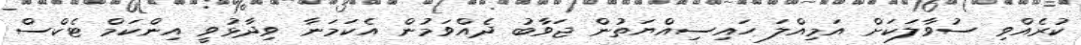
ކުރެއްވި ސުވާލަކަށް އަމިއްލަ ހައިސިއްޔަތުން ޖަވާބު ދެއްވަމުން އެކަމަނާ ވިދާޅުވީ އިންކަމް ޓެކްސް